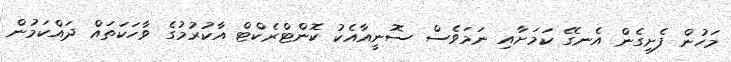
މަހުން ފެށިގެން އެނގޭ ކަމަށާއި ނަމަވެސް ސޮނީއާއެކު ކޮންޓްރެކްޓް އާކުރުމުގެ ވާހަކަތައް ދައްކަމުން